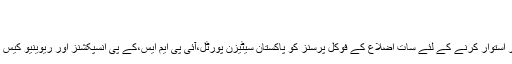
More
September 1, 2019, 4:46 am
سرکاری مشینری کو مزید تیز تر اور بہترین خطوط پر استوار کرنے کے لئے سات اضلاع کے فوکل پرسنز کو پاکستان سیٹیزن پورٹل،آئی پی ایم ایس،کے پی انسپکشنز اور ریوینیو کیس مینجمنٹ سسٹم پر ایک روزہ تربیتی ورکشاپ کا انعقاد۔